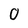
Character: O